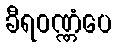
ခီရဝဏ္ဏံပေ